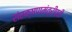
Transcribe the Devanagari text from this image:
संरक्षणमंत्रीपदी